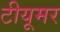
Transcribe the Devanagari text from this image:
टीयूमर